Plague in India, 1896, 1897 - Volume 2
Year: 1896
Disease focus: Plague
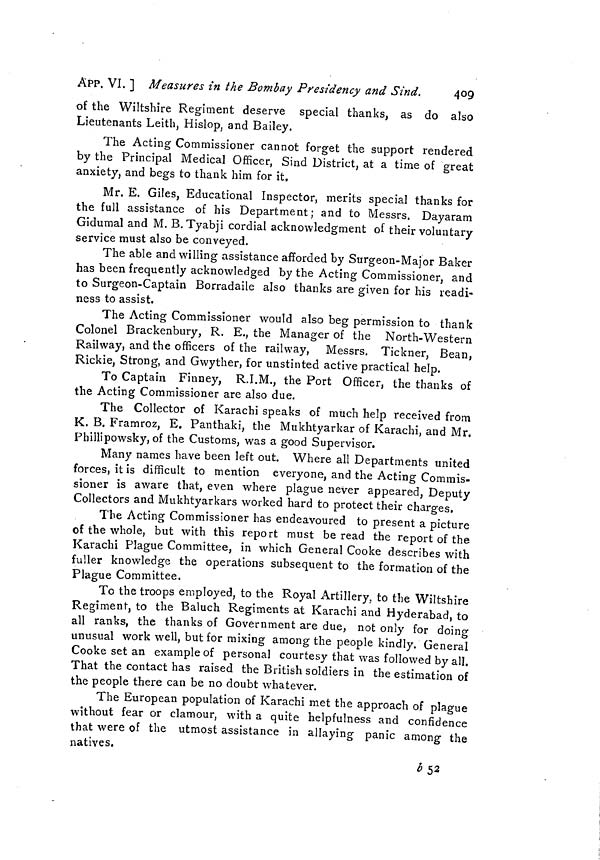
409
APP. VI. ] Measures in the Bombay Presidency and Sind.
of the Wiltshire Regiment deserve special thanks, as do also
Lieutenants Leith, Hislop, and Bailey.
The Acting Commissioner cannot forget the support rendered
by the Principal Medical Officer, Sind District, at a time of great
anxiety, and begs to thank him for it,
Mr. E. Giles, Educational Inspector, merits special thanks for
the full assistance of his Department; and to Messrs. Dayaram
Gidumal and M. B. Tyabji cordial acknowledgment of their voluntary
service must also be conveyed.
The able and willing assistance afforded by Surgeon-Major Baker
has been frequently acknowledged by the Acting Commissioner, and
to Surgeon-Captain Borradaile also thanks are given for his readi-
ness to assist.
The Acting Commissioner would also beg permission to thank
Colonel Brackenbury, R. E., the Manager of the North-Western
Railway, and the officers of the railway, Messrs. Tickner, Bean,
Rickie, Strong, and Gwyther, for unstinted active practical help.
To Captain Finney, R.I.M., the Port Officer, the thanks of
the Acting Commissioner are also due.
The Collector of Karachi speaks of much help received from
K. B. Framroz, E. Panthaki, the Mukhtyarkar of Karachi, and Mr.
Phillipowsky, of the Customs, was a good Supervisor.
Many names have been left out. Where all Departments united
forces, it is difficult to mention everyone, and the Acting Commis-
sioner is aware that, even where plague never appeared, Deputy
Collectors and Mukhtyarkars worked hard to protect their charges.
The Acting Commissioner has endeavoured to present a picture
of the whole, but with this report must be read the report of the
Karachi Plague Committee, in which General Cooke describes with
fuller knowledge the operations subsequent to the formation of the
Plague Committee.
To the troops employed, to the Royal Artillery, to the Wiltshire
Regiment, to the Baluch Regiments at Karachi and Hyderabad, to
all ranks, the thanks of Government are due, not only for doing
unusual work well, but for mixing among the people kindly. General
Cooke set an example of personal courtesy that was followed by all.
That the contact has raised the British soldiers in the estimation of
the people there can be no doubt whatever.
The European population of Karachi met the approach of plague
without fear or clamour, with a quite helpfulness and confidence
that were of the utmost assistance in allaying panic among the
natives.
b 52